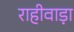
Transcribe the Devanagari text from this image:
राहीवाड़ा